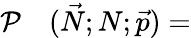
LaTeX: \begin{array}{rl}{\mathcal{P}}&{{}(\vec{N};N;\vec{p})=}\end{array}